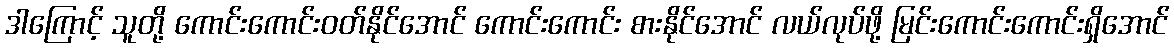
ဒါကြောင့် သူတို့ ကောင်းကောင်းဝတ်နိုင်အောင် ကောင်းကောင်း စားနိုင်အောင် လယ်လုပ်ဖို့ မြင်းကောင်းကောင်းရှိအောင်